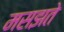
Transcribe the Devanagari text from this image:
मसझते